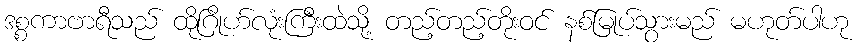
ဒစ္စကာဗာရီသည် ထိုဂြိုဟ်လုံးကြီးထဲသို့ တည့်တည့်တိုးဝင် နစ်မြုပ်သွားမည် မဟုတ်ပါဟု